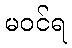
မဝင်ရ